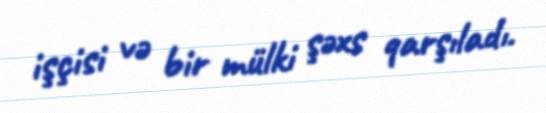
işçisi və bir mülki şəxs qarşıladı.